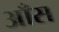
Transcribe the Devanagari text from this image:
आँस